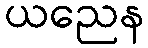
ယညေန